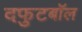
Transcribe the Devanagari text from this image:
दफुटबॉल